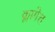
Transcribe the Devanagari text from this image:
क्लागेत्त